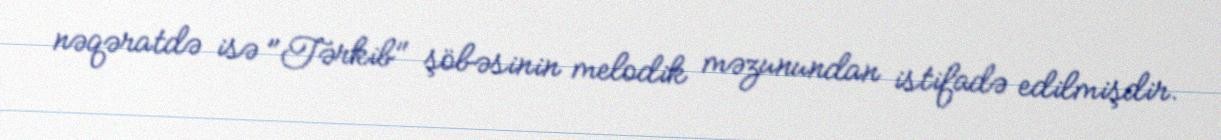
nəqəratdə isə "Tərkib" şöbəsinin melodik məzunundan istifadə edilmişdir.